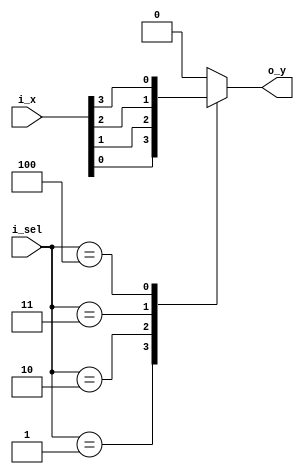
`timescale 1ns / 1ps

module Mux_5x1(
    input [3:0] i_x,
    input [2:0] i_sel,

    output o_y
    );

    reg r_y;

    assign o_y = r_y;

    always @(*) begin
        case (i_sel)
            3'd0 : r_y <= 1'b0;
            3'd1 : r_y <= i_x[0];
            3'd2 : r_y <= i_x[1];
            3'd3 : r_y <= i_x[2];
            3'd4 : r_y <= i_x[3];
            default : r_y <= 1'b0;
        endcase
    end
endmodule